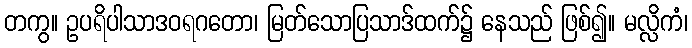
တကွ။ ဥပရိပါသာဒဝရဂတော၊ မြတ်သောပြသာဒ်ထက်၌ နေသည် ဖြစ်၍။ မလ္လိကံ၊